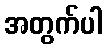
အတွက်ပါ